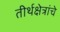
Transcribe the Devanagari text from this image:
तीर्थक्षेत्रांचे